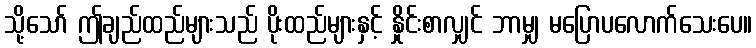
သို့သော် ဤချည်ထည်များသည် ပိုးထည်များနှင့် နှိုင်းစာလျှင် ဘာမျှ မပြောပလောက်သေးပေ။